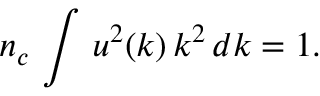
n _ { c } \, \int \, u ^ { 2 } ( k ) \, k ^ { 2 } \, d k = 1 .